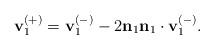
LaTeX: \begin{align*}\mathbf{v}_{1}^{(+)}=\mathbf{v}_{1}^{(-)}-2\mathbf{n}_{1}\mathbf{n}_{1}\cdot\mathbf{v}_{1}^{(-)}. \end{align*}